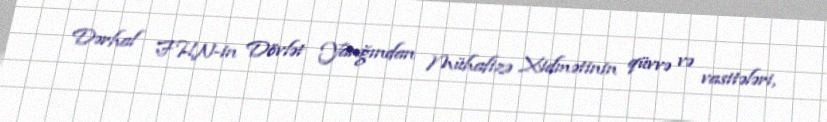
Dərhal FHN-in Dövlət Yanğından Mühafizə Xidmətinin qüvvə və vasitələri,